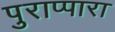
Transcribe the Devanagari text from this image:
पुराप्पारा